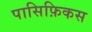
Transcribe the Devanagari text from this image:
पासिफ़िकस